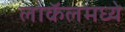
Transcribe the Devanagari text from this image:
लोकॅलमध्ये